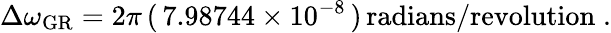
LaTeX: \Delta\omega_{\mathrm{GR}}=2\pi\, (\, 7.98744\times 10^{-8}\, )\, \mathrm{radians/revolution}\; .